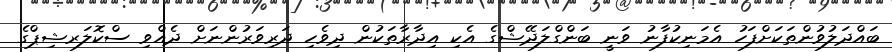
ބައްދަލުވުންތަކަށްފަހު އެމަނިކުފާނު ވަނީ ބަންގްލަދޭޝްގެ އެކި އިދާރާތަކުން ދިވެހި ދަރިވަރުންނަށް ދެއްވި ސްކޮލަރޝިޕްގެ